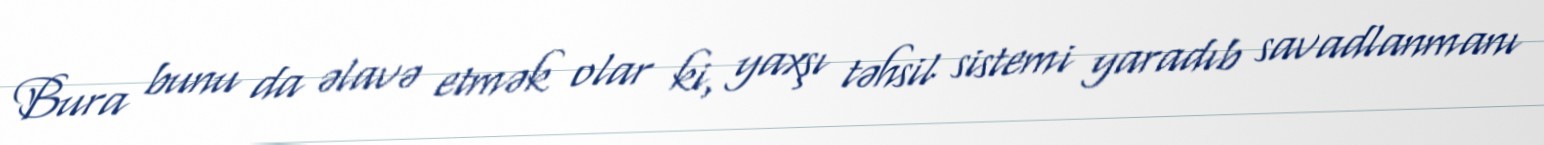
Bura bunu da əlavə etmək olar ki, yaxşı təhsil sistemi yaradıb savadlanmanı